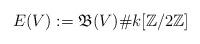
LaTeX: \begin{align*}E(V) :=\mathfrak{B}(V) \# k[\mathbb{Z}/2\mathbb{Z}]\end{align*}